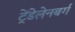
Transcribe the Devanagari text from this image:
ट्रेंडेलेनबर्ग